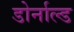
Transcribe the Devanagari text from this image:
डोर्नाल्ड